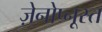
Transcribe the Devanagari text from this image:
ज़ेनोप्नूस्त